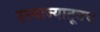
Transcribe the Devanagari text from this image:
दरवाज्यातूनच